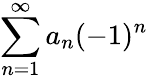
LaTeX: \sum_{n=1}^{\infty}a_{n}(-1)^{n}